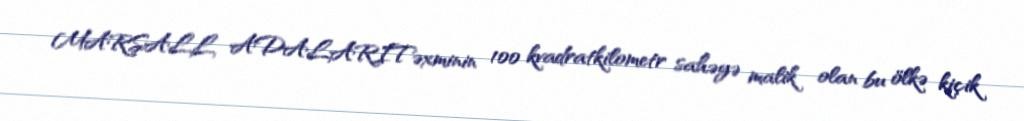
MARŞALL ADALARITəxminin 100 kvadratkilometr sahəyə malik olan bu ölkə kiçik